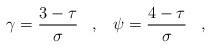
LaTeX: \begin{align*}\gamma=\frac{3-\tau}{\sigma}\,\,\,\,\,,\,\,\,\,\,\psi=\frac{4-\tau}{\sigma}\,\,\,\,\,,\,\,\,\,\,\end{align*}